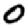
Digit: 0